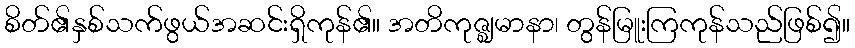
စိတ်၏နှစ်သက်ဖွယ်အဆင်းရှိကုန်၏။ အတိကုဇ္ဈမာနာ၊ တွန်မြူးကြကုန်သည်ဖြစ်၍။